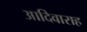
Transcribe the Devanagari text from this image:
आदिवाराह